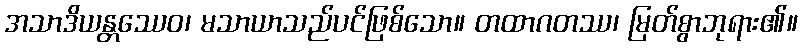
အသာဒိယန္တဿေဝ၊ မသာယာသည်ပင်ဖြစ်သော။ တထာဂတဿ၊ မြတ်စွာဘုရား၏။